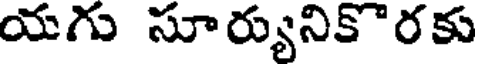
యగు సూర్యునికొరకు